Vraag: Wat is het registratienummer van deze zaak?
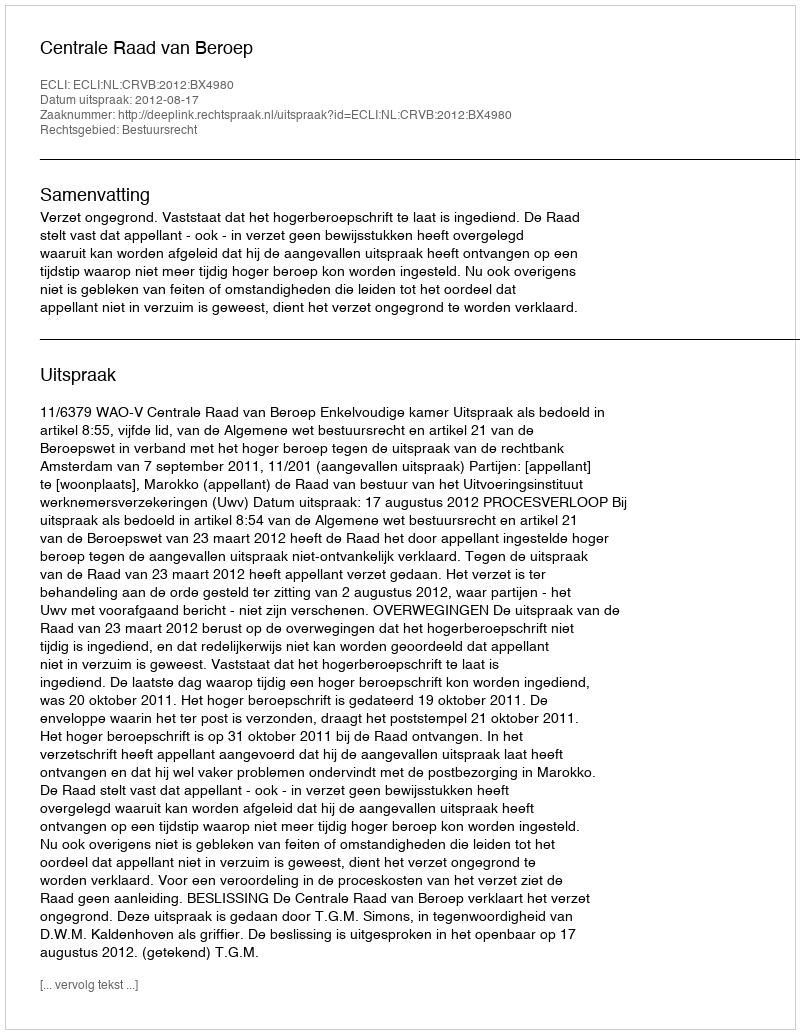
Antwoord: http://deeplink.rechtspraak.nl/uitspraak?id=ECLI:NL:CRVB:2012:BX4980